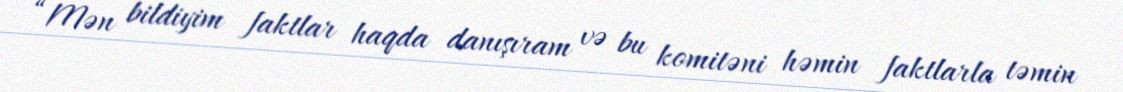
“Mən bildiyim faktlar haqda danışıram və bu komitəni həmin faktlarla təmin